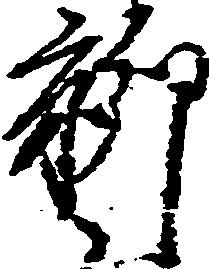
聊